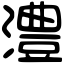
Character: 澧